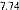
7.74